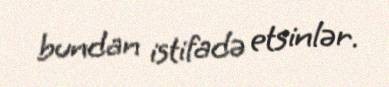
bundan istifadə etsinlər.